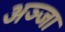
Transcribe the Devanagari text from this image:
अञ्जा